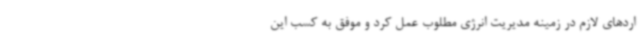
اردهای لازم در زمینه مدیریت انرژی مطلوب عمل کرد و موفق به کسب این